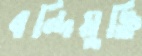
বন্দিমুক্তি